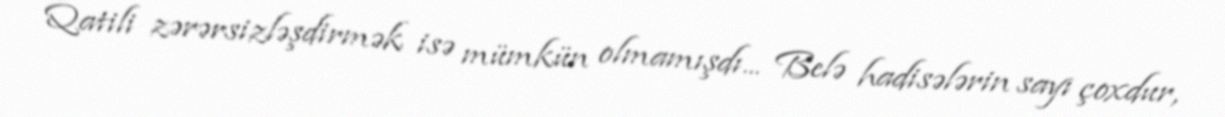
Qatili zərərsizləşdirmək isə mümkün olmamışdı... Belə hadisələrin sayı çoxdur,